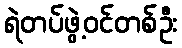
ရဲတပ်ဖွဲ့ဝင်တစ်ဦး